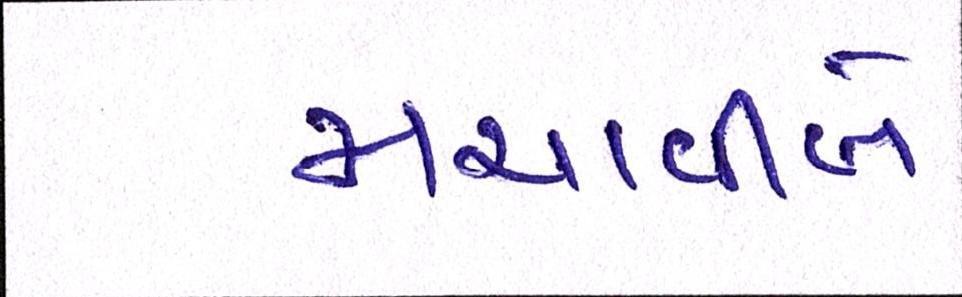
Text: મચાવીબે